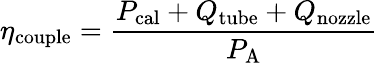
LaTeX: \eta_{\mathrm{couple}}=\frac{P_{\mathrm{cal}}+Q_{\mathrm{tube}}+Q_{\mathrm{nozzle}}}{P_{\mathrm{A}}}